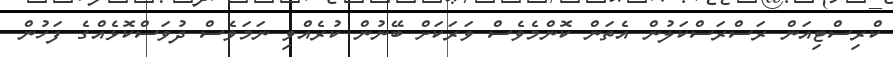
ކްރިސްޓިއަން ރަސްރަސްކަލުން އެތަން ކޮންމެވެސް ވަރަކަށް ބޭނުން ކުރެއްވި ނަމަވެސް ދުވަސްކޮޅެއްގެ ފަހުން